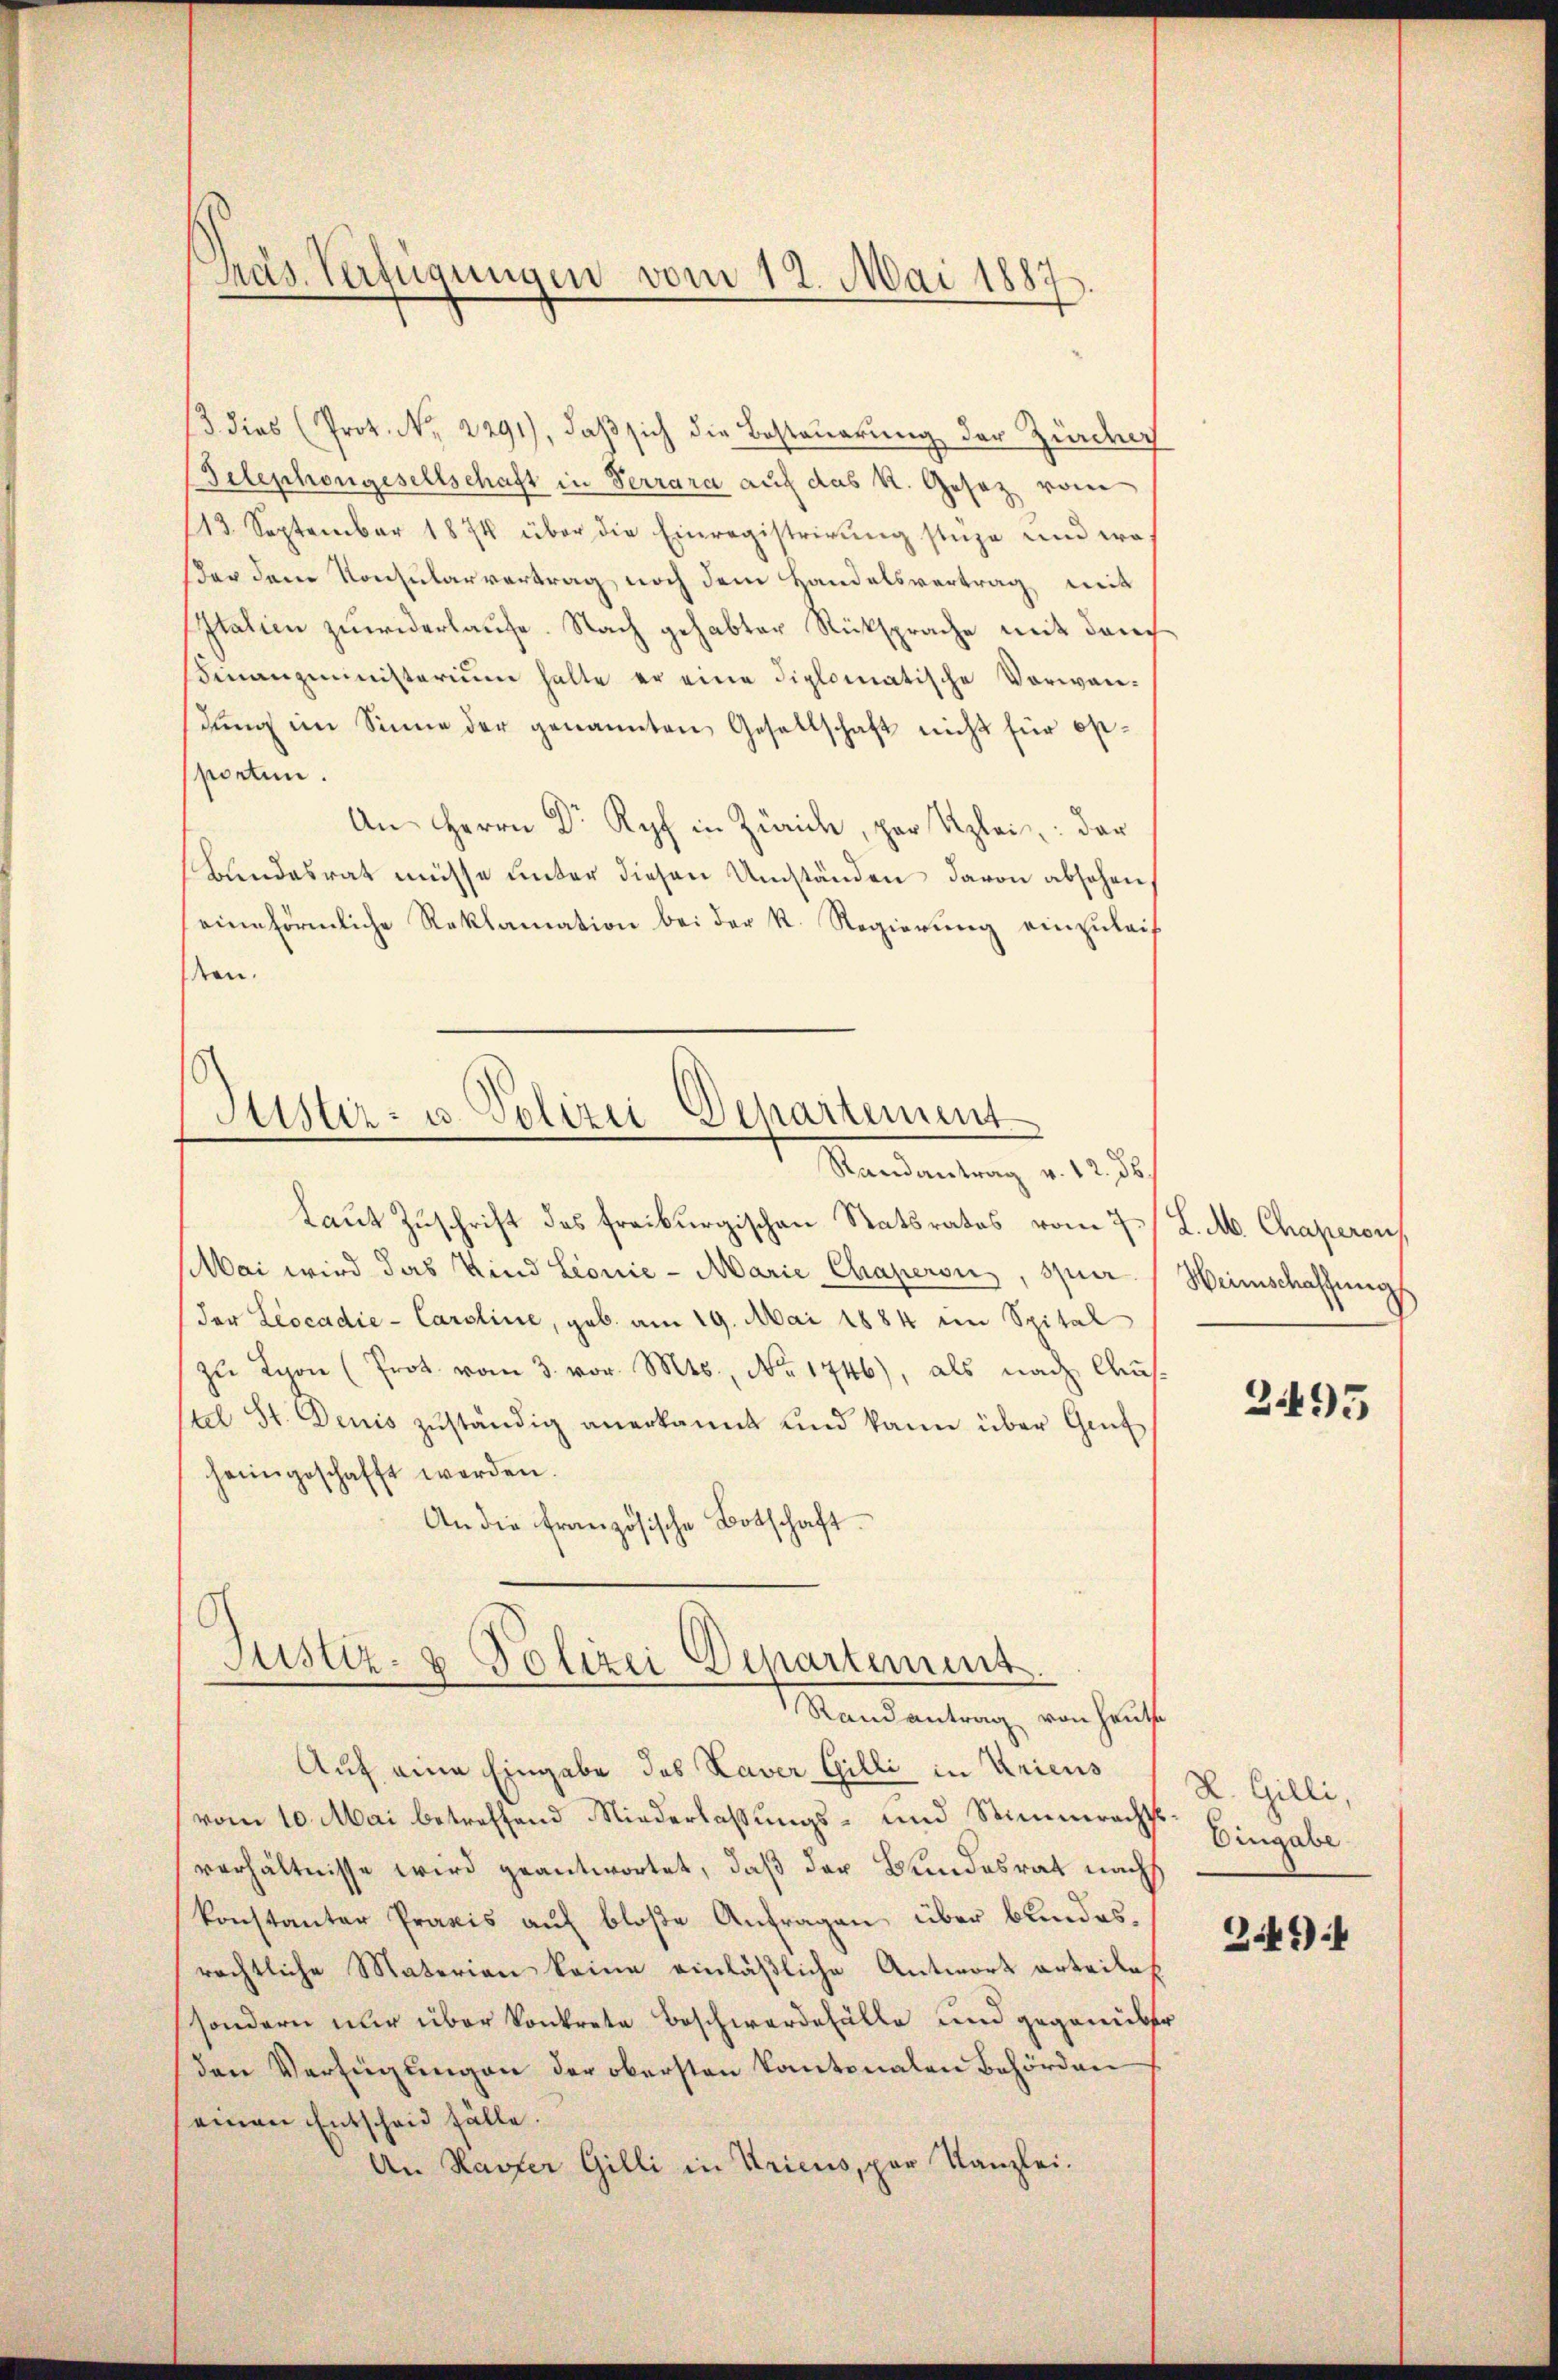
Präs. Verfügungen vom 12. Mai 1887.

13 dies (Prot. No. 2291), daß sich die Besteuerung der Zürcher
Telephongesellschaft in Terrara auf das K. Gesez vom
113. September 1874 über die Einregistrirŭng stüze und was
er dem Konsularvertrag noch dem Handelsvertrag mit
Italien zuwiderlaufe. Nach gehabter Rücksprache mit dem
βinanzministerium halte er eine diplomatische Vorwandung im Sinne der genannten Gesellschaft nicht für östporten.
An Herrn Dr Kopf in Zürich, par Kzlei der
Bundesrat müsse unter diesen Umständen davon absehen
eine förmliche Reklamation bei der R. Regierung einzuleis
den.

Alster- u. Polizei Departement
Randantrag v. 12. d.

Laut Zuschrift des freiburgischen Statsrates vom 7. J. M. Chaperon
Mai wird das Kind Leonie - Marie Chaperon, spier (Heimschaffung
(der Leocadie- Caroline, geb. am 19. Mai 1884 im Spital
zŭ Lyon (Prot vom 3. vor. Mts., No. 1746), als nach Austel St. Denis zŭständig anerkannt und kann über Genf
heimgeschafft werden.
An die französische Botschaft

Justiz- & Polizei Departement.
Randantrag von Heute

Auf eine Eingabe des Xaver Gilli in Kriens
vom 10. Mai betreffend Niederlassungs- und Stimmeracht.
verhältnisse wird geantwortet, daß der Bundesrat nach
konstanter Praxis auf bloße Anfragen über bundesrechtliche Materian keine einläßliche Antwort erteiles
sondern nur über konkrete Beschwerdefälle und gegenüber
den Verfeigungen der obersten Kantonalen Behörden
einen Entscheid fälle.
An Kasser Gilli in Kricus, par Kanzlei.

2495

L. Gilli,
Eingabe

341):